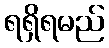
ရရှိရမည်